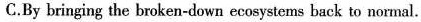
C.By bringing the broken-down ecosystems back to normal.